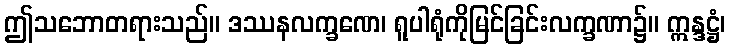
ဤသဘောတရားသည်။ ဒဿနလက္ခဏေ၊ ရူပါရုံကိုမြင်ခြင်းလက္ခဏာ၌။ ဣန္ဒဋ္ဌံ၊